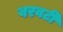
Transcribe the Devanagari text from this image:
वरवटी